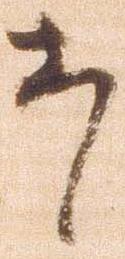
者